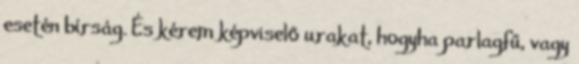
esetén bírság. És kérem képviselő urakat, hogyha parlagfű, vagy